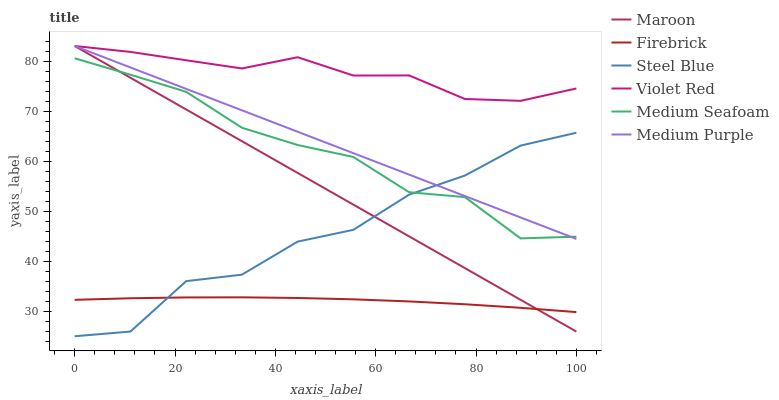
| xaxis_label | Maroon | Firebrick | Steel Blue | Violet Red | Medium Seafoam | Medium Purple |
 | --- | --- | --- | --- | --- | --- | --- |
 | 0 | 83 | 32.3 | 25 | 83 | 80.6 | 83 |
 | 11.1 | 76.7 | 32.6 | 26 | 81.8 | 77.3 | 78.7 |
 | 22.2 | 70.3 | 32.8 | 36 | 80.2 | 73.9 | 74.4 |
 | 33.3 | 64 | 32.8 | 37.3 | 78.5 | 66.7 | 70.2 |
 | 44.4 | 57.7 | 32.7 | 43.9 | 80.8 | 63.2 | 65.9 |
 | 55.6 | 51.3 | 32.4 | 46.3 | 77.1 | 60.8 | 61.6 |
 | 66.7 | 45 | 32 | 53.3 | 77.1 | 53.8 | 57.3 |
 | 77.8 | 38.6 | 31.4 | 57.1 | 72.4 | 52.8 | 53 |
 | 88.9 | 32.3 | 30.7 | 63.1 | 72.1 | 44.6 | 48.8 |
 | 100 | 26 | 29.9 | 65.7 | 74.5 | 44.9 | 44.5 |